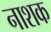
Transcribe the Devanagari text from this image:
नाश्‍ाक